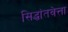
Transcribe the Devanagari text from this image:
सिद्धांतवेत्ता